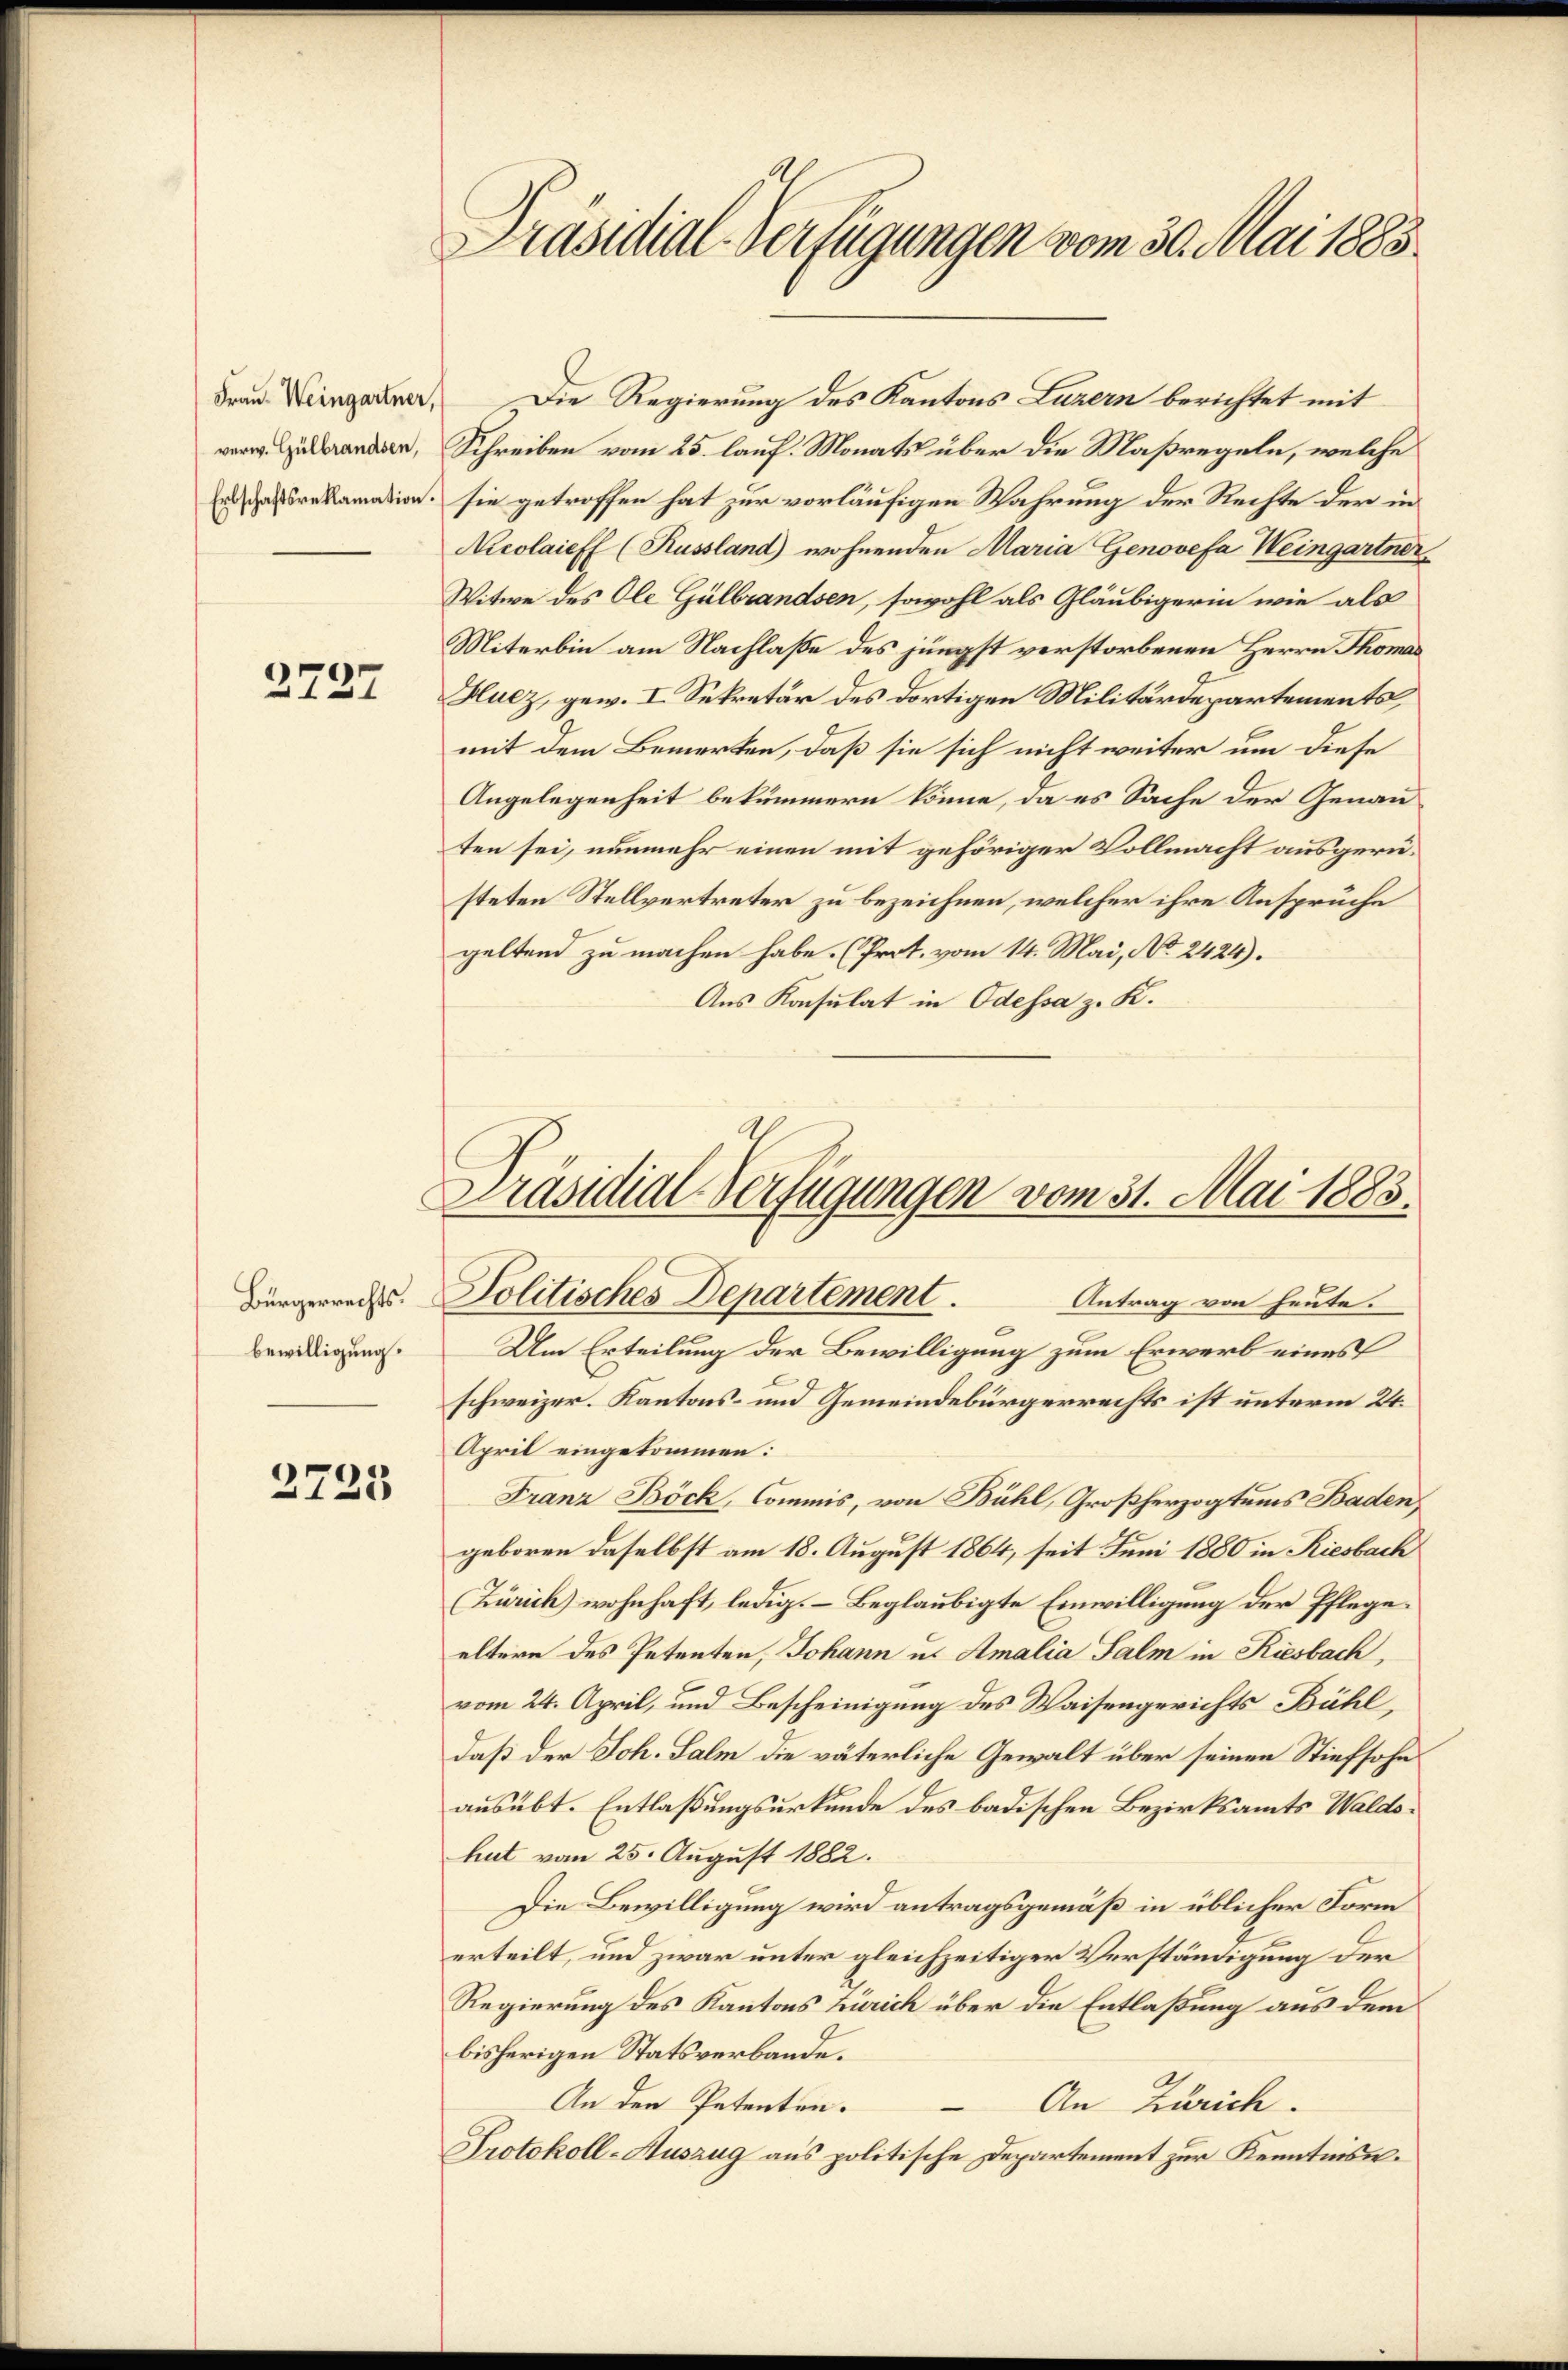
Frau Weingartner,
verw. Gülbrandsen,

2737

Bürgerrechts.
bewilligung.

2723

Die Regierung des Kantons Luzern berichtet mit
Schreiben vom 25. lauf. Monats über die Maßregeln, welche
Er das reklamation sie getroffen hat zur vorläufigen Wahrung der Rechte der in
Nicolaieff (Kussland wohnenden Maria Genovefa Weingartner
Witwe des Ole Gülbrandsen, sowohl als Gläubigerin wie als
Miterbin am Nachlaße des jüngst verstorbenen Herrn Thomas
Hucz, gew. I. Sekretär des dortigen Militärdepartements,
mit dem Bemerken, daß sie sich nicht weiter um diese
Angelegenheit bekümmern könne, da es Sache der Genau
ten sei, nunmehr einen mit gehöriger Vollmacht ausgerüsteten Stellvertreter zu bezeichnen, welcher ihre Ansprüche
geltend zu machen habe. (Prot. vom 14. Mai, No 2424).
Aus Konsulat in Odessa z. K.

Präsidial-Verfügungen vom 30. Mai 1883.

Präsidial-Verfügungen vom 31. Mai 1883.
Politisches Departement.
Antrag von heute.

Um Erteilung der Bewilligung zum Erwerb eines
schweizer. Kantons- und Gemeindebürgerrechts ist unterm 24.
April eingekommen:
Franz Böck, Commis, von Bühl, Großherzogtums Baden,
geboren daselbst am 18. August 1864, seit Juni 1880 in Riesbach
Zürich wohnhaft, ledig. – Beglaubigte Einwilligung der Pflegeeltere des Petenten, Johann u. Amalia Salm in Riesbach,
vom 24. April, und Bescheinigung des Waisengerichts Bühl,
daß der Joh. Salm die väterliche Gewalt über seinen Stiefsohn
ausübt. Entlaßungsurkunde des badischen Bezirksamts Waldshut vom 25. August 1882.
Die Bewilligung wird antragsgemäß in üblicher Form
erteilt, und zwar unter gleichzeitiger Verständigung der
Regierung des Kantons Zürich über die Entlaßung aus dem
bisherigen Statsverbande.
An den Petenten.
An Zürich.
—
Protokoll-Auszug aus politische Departement zur Kenntnis.